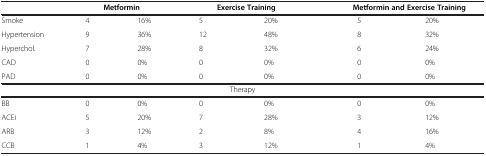
|  | Metformin |  | Exercise Training |  | <COLSPAN=2> Metformin and Exercise Training |
 | --- | --- | --- | --- | --- | --- | --- |
 | Smoke | 4 | 16% | 5 | 20% | 5 | 20% |
 | Hypertension | 9 | 36% | 12 | 48% | 8 | 32% |
 | Hyperchol. | 7 | 28% | 8 | 32% | 6 | 24% |
 | CAD | 0 | 0% | 0 | 0% | 0 | 0% |
 | PAD | 0 | 0% | 0 | 0% | 0 | 0% |
 | <COLSPAN=7> Therapy |
 | BB | 0 | 0% | 0 | 0% | 0 | 0% |
 | ACEi | 5 | 20% | 7 | 28% | 3 | 12% |
 | ARB | 3 | 12% | 2 | 8% | 4 | 16% |
 | CCB | 1 | 4% | 3 | 12% | 1 | 4% |